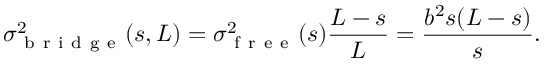
\sigma _ { \mathrm { ~ b ~ r ~ i ~ d ~ g ~ e ~ } } ^ { 2 } ( s , L ) = \sigma _ { \mathrm { ~ f ~ r ~ e ~ e ~ } } ^ { 2 } ( s ) \frac { L - s } { L } = \frac { b ^ { 2 } s ( L - s ) } { s } .